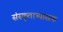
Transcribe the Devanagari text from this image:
संस्कृताभ्यासक